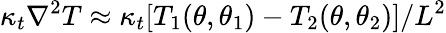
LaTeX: \kappa_{t}\nabla^{2}T\approx\kappa_{t}[T_{1}(\theta,\theta_{1})-T_{2}(\theta,\theta_{2})]/L^{2}